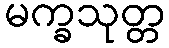
မက္ခသုတ္တ